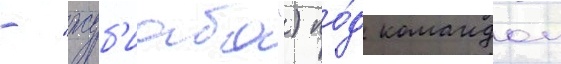
- "жуб'иаба") по́д командои